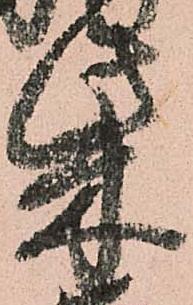
柴